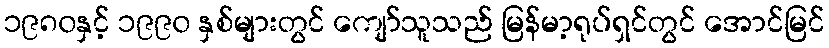
၁၉၈၀နှင့် ၁၉၉၀ နှစ်များတွင် ကျော်သူသည် မြန်မာ့ရုပ်ရှင်တွင် အောင်မြင်